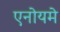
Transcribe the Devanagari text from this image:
एनोयमे